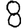
Digit: 8